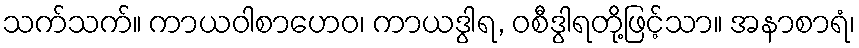
သက်သက်။ ကာယဝါစာဟေဝ၊ ကာယဒွါရ, ဝစီဒွါရတို့ဖြင့်သာ။ အနာစာရံ၊